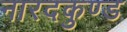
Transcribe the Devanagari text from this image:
नारदकुण्ड